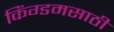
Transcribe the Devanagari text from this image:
किंग्डमसाठी